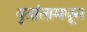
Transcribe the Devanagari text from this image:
वृतांतामधून